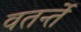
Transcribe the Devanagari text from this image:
वतर्न्ते